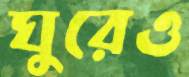
ঘুরেও